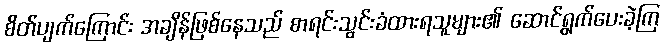
စိတ်ပျက်ကြောင်း အချိန်ဖြစ်နေသည် စာရင်းသွင်းခံထားရသူများ၏ ဆောင်ရွက်ပေးခဲ့ကြ